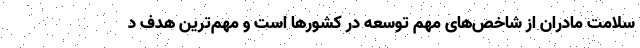
سلامت مادران از شاخص‌های مهم توسعه در کشورها است و مهم‌ترین هدف د